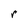
Character: r